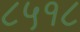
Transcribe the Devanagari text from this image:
८५१८